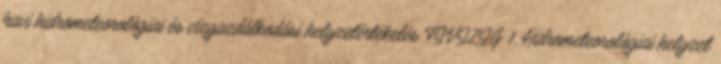
havi hidrometeorológiai és vízgazdálkodási helyzetértékelés TIVIZIG 1. Hidrometeorológiai helyzet